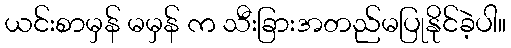
ယင်းစာမှန် မမှန် က သီးခြားအတည်မပြုနိုင်ခဲ့ပါ။